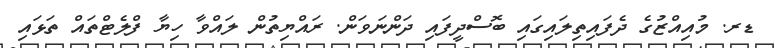
ޑރ. މުއިއްޒުގެ ދެފައިތިލައިގައި ބޮސްދީފައި ދަންނަވަން. ރައްޔިތުން ލައްވާ ހިޔާ ފްލެޓްތައް ތަޅައި